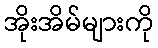
အိုးအိမ်များကို